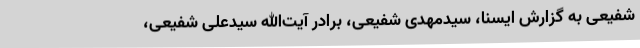
شفیعی به گزارش ایسنا، سیدمهدی شفیعی، برادر آیت‌الله سیدعلی شفیعی،